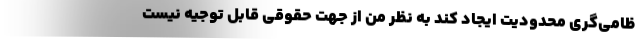
ظامی‌گری محدودیت ایجاد کند به نظر من از جهت حقوقی قابل توجیه نیست